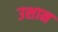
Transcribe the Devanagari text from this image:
उशान